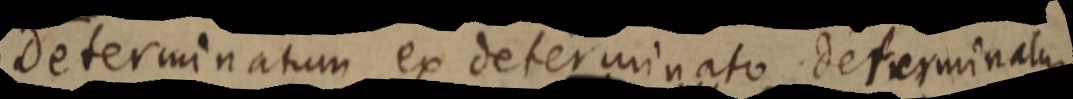
determinatum ex determinato determinatur